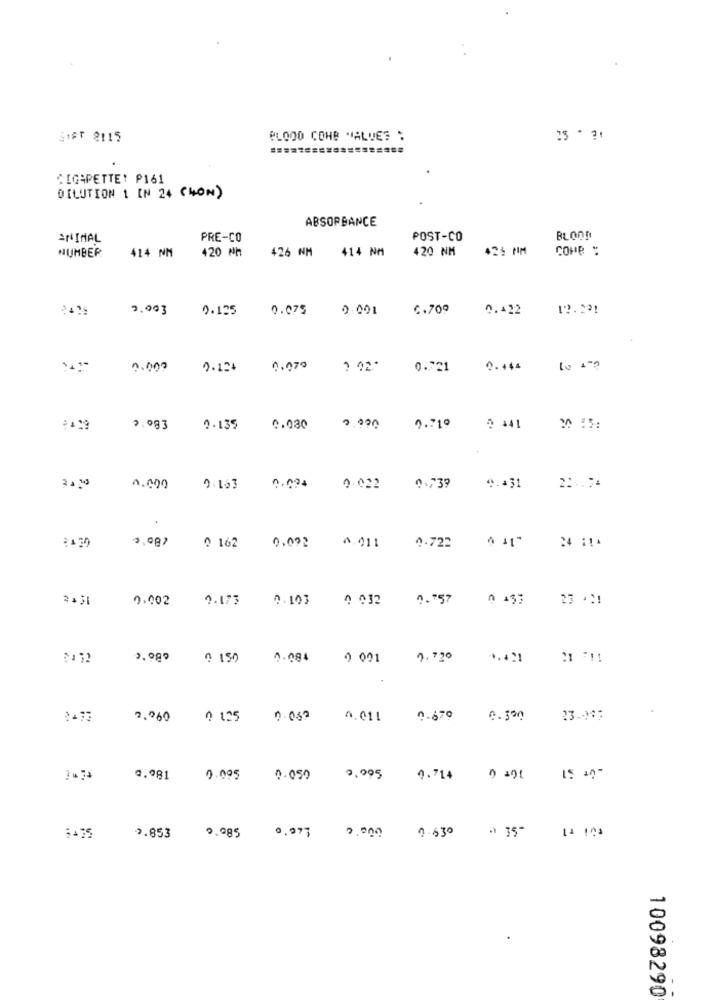
SIAT 2115
BLOOD CONE "ALVES :
25 - 21
CIGARETTE! P161
DILUTION 1 IN 24 CHON)
ABSORBANCE
ANIMAL
PRE-CO
POST-CO
BLOOD
NUMBER
420 Nh
426 NM 414 NM
420 NM
425 NM
COHB :
414 NM
2.003
0.125
0.075
0. 001
C.709
0.422
12.2 ?!
0,000
2.124
0.070
1 02"
0.721
0.444
2.719
0.083
0.135
0.030
0.000
0 441
30 :5:
31%
0.431
4.000
0 163 0.004
9.022
0.739
2.011
24 11.
@ 162 0.002
4.722
0,002
2.173
0.103
0 032
0.757
23 .11
0 150
0.084
0 001
0.720
2.060
0 125 0 060
4.011
0-679
0.300
23.187
0.981
0.095 0.050 0, 095
0.714
3475
2.853
0.985
0.973 0.000
4-630 - 35"
10098290